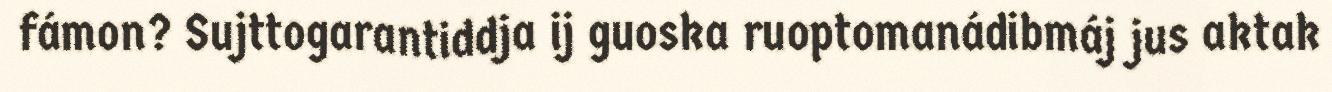
fámon? Sujttogarantiddja ij guoska ruoptomanádibmáj jus aktak